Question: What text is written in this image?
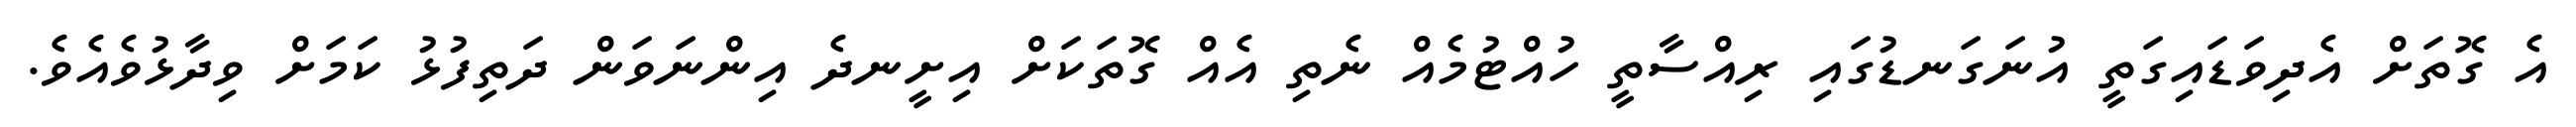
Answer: އެ ގޮތަށް އެދިވަޑައިގަތީ އުނަގަނޑުގައި ރިއްސާތީ ހުއްޓުމެއް ނެތި އެއް ގޮތަކަށް އިށީނދެ އިންނަވަން ދަތިފުޅު ކަމަށް ވިދާޅުވެއެވެ.